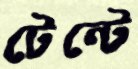
টেন্টে